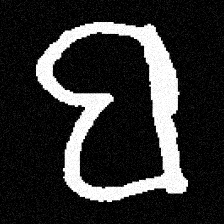
Pyu character \u2014 Myanmar letter: ဗ (romanized: ba)